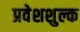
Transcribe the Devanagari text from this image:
प्रवेशशुल्क